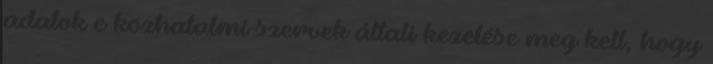
adatok e közhatalmi szervek általi kezelése meg kell, hogy